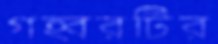
গহ্বরটির